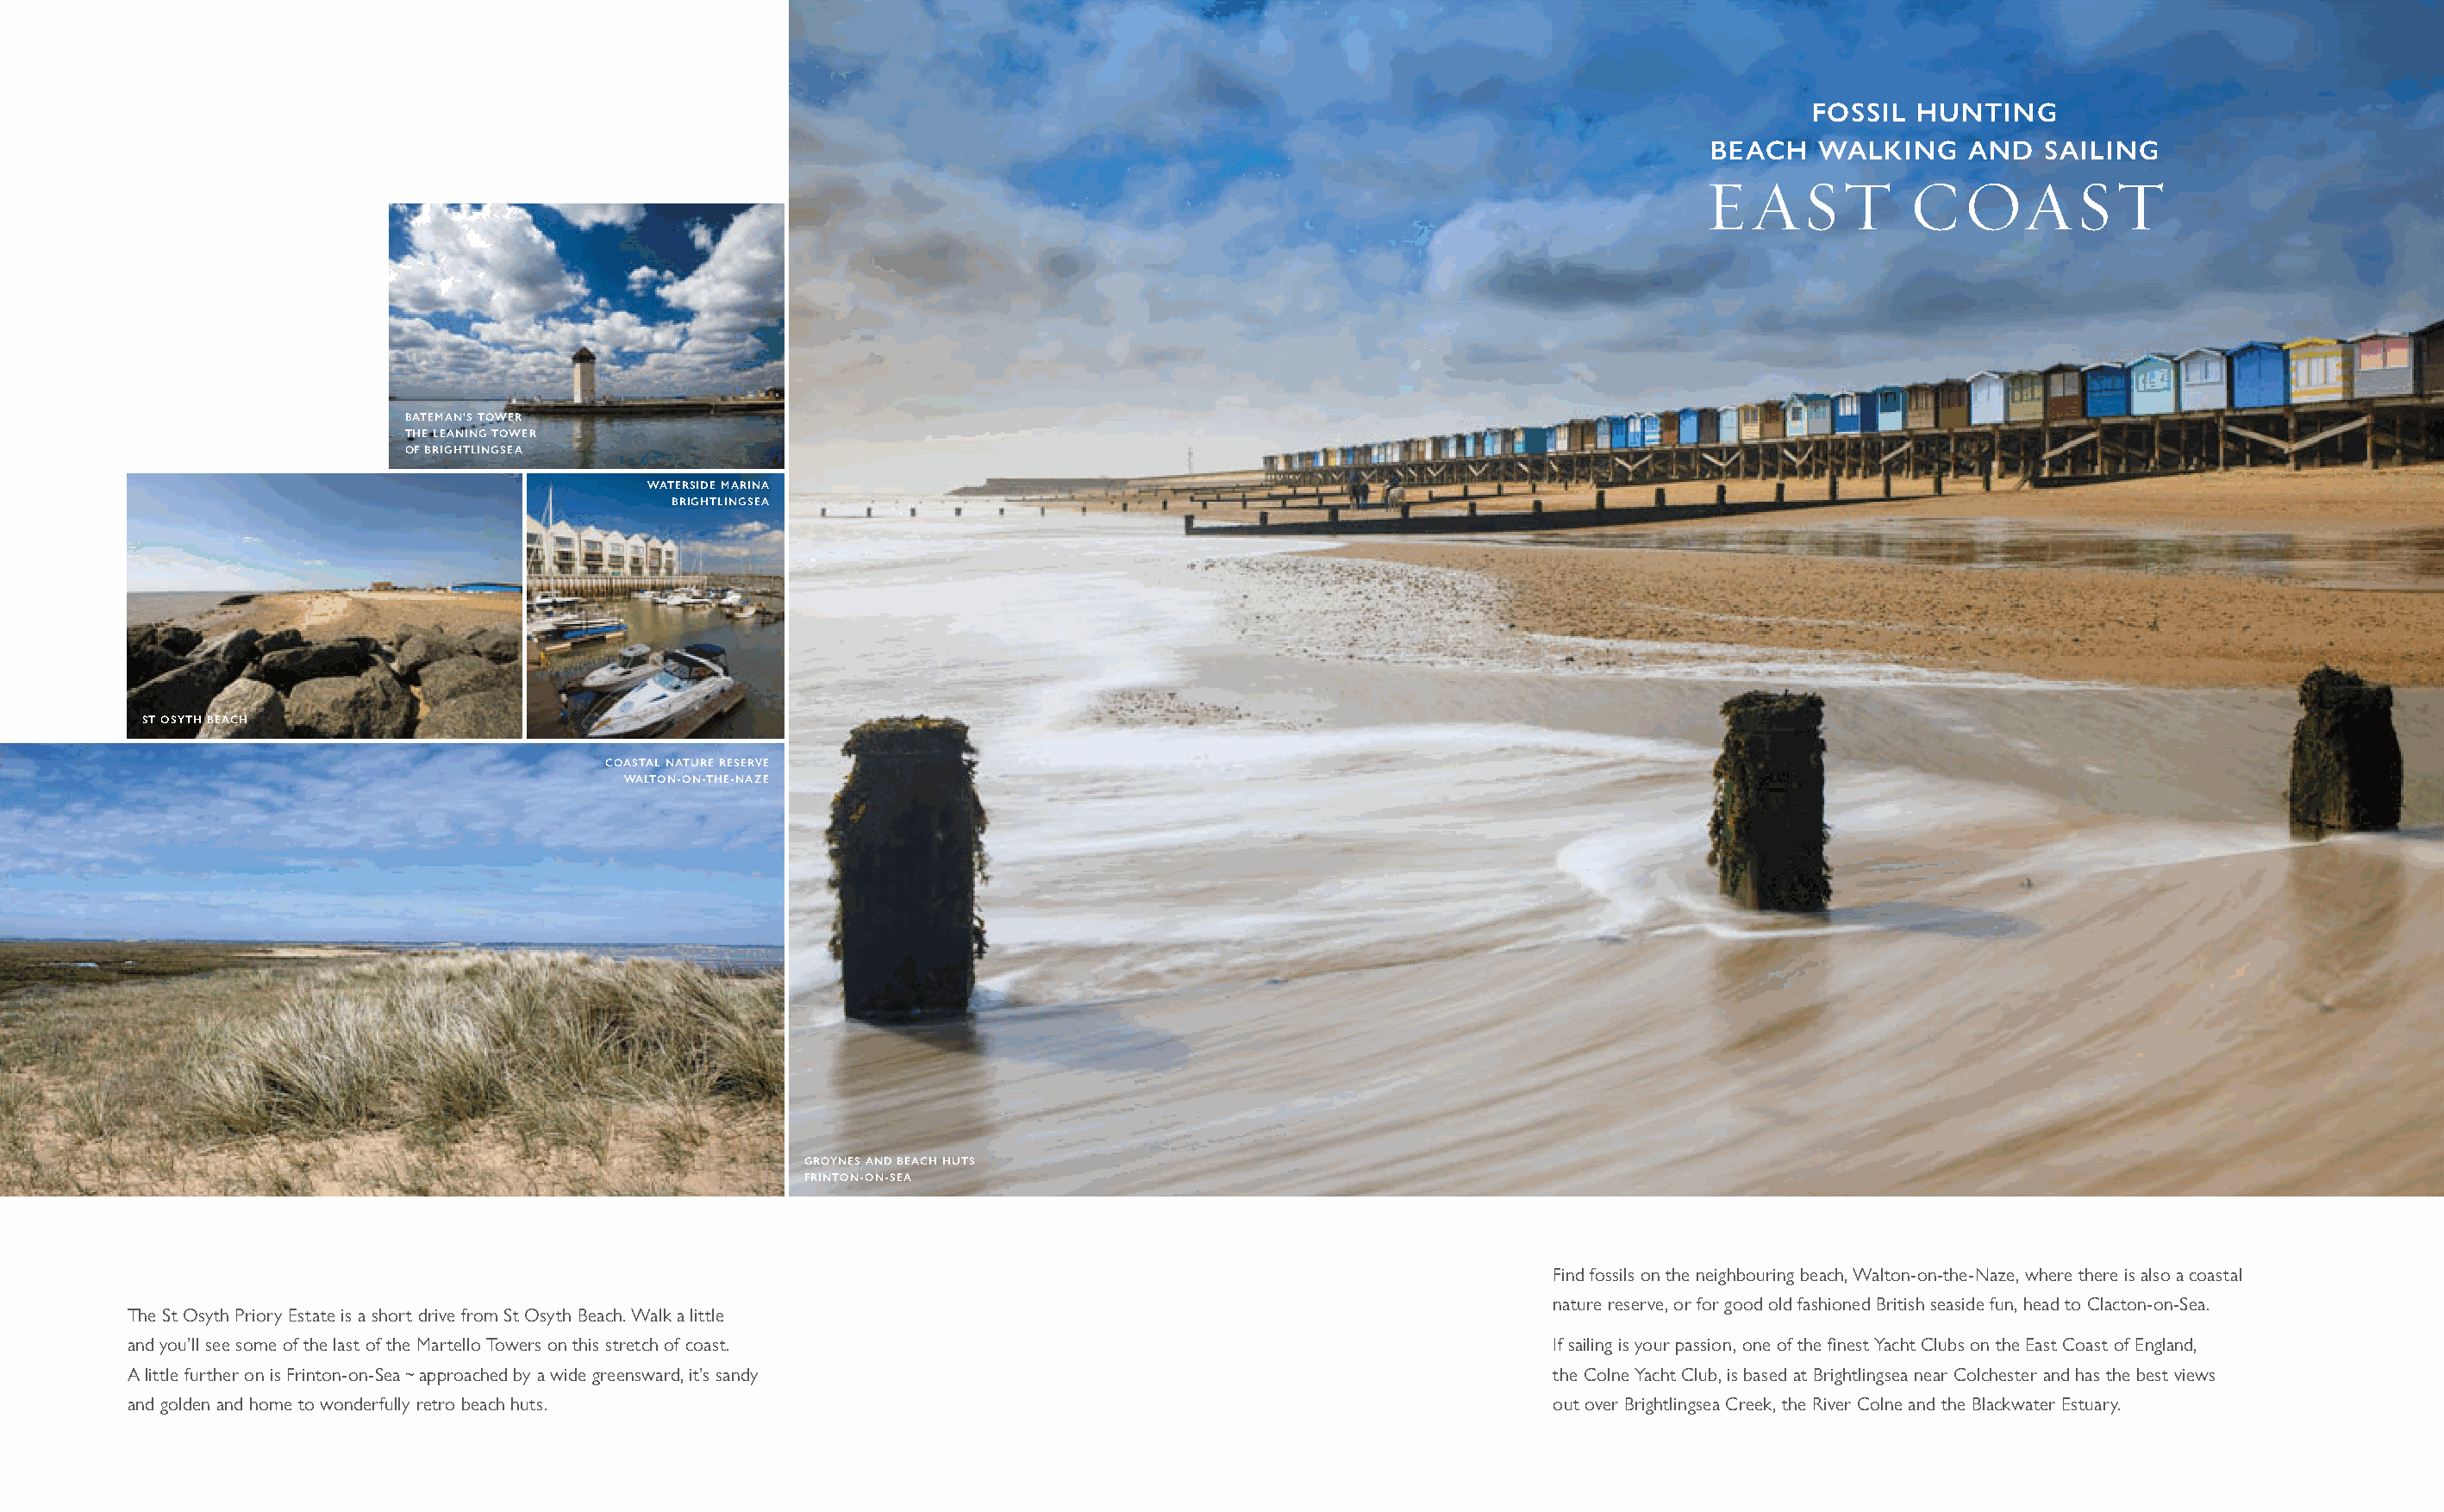
FOSSIL  HUNTING
 BEACH    WALKING    AND   SAILING
 EAST            COAST
 BATEMAN’S TOWER
 THE LEANING TOWER
 OF BRIGHTLINGSEA
 WATERSIDE MARINA
 BRIGHTLINGSEA
 ST OSYTH BEACH
 COASTAL NATURE RESERVE
 WALTON-ON-THE-NAZE
 GROYNES AND BEACH HUTS
 FRINTON-ON-SEA
 Find fossils on the neighbouring beach, Walton-on-the-Naze, where there is also a coastal
 nature reserve, or for good old fashioned British seaside fun, head to Clacton-on-Sea.
 The St Osyth Priory Estate is a short drive from St Osyth Beach. Walk a little
 and you’ll see some of the last of the Martello Towers on this stretch of coast.                             If sailing is your passion, one of the fi nest Yacht Clubs on the East Coast of England,
 A little further on is Frinton-on-Sea ~ approached by a wide greensward, it’s sandy                          the Colne Yacht Club, is based at Brightlingsea near Colchester and has the best views
 and golden and home to wonderfully retro beach huts.                                                         out over Brightlingsea Creek, the River Colne and the Blackwater Estuary.